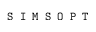
\texttt { S I M S O P T }